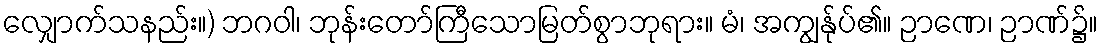
လျှောက်သနည်း။) ဘဂဝါ၊ ဘုန်းတော်ကြီသောမြတ်စွာဘုရား။ မံ၊ အကျွန်ုပ်၏။ ဉာဏေ၊ ဉာဏ်၌။